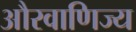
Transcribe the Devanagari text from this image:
औरवाणिज्य